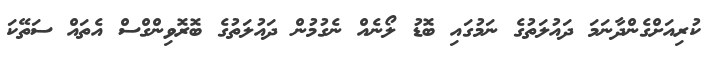
ކުރިއަށްގެންދާނަމަ ދައުލަތުގެ ނަމުގައި ބޮޑު ލޯނެއް ނެގުމުން ދައުލަތުގެ ބޮރޮވިންގްސް އެތައް ސަތޭކަ